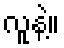
လူနဲ့။